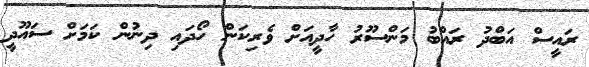
ރައީސް އަބްދު ރައްބު މަންސޫރު ހާދީއަށް ވެރިކަން ހޯދައި ދިނުން ކަމަށް ސައޫދީ